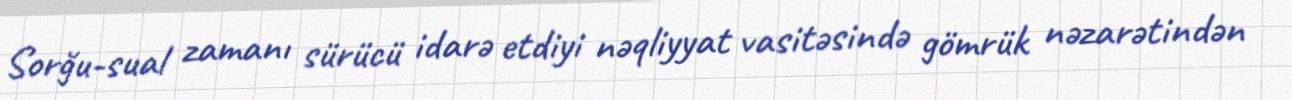
Sorğu-sual zamanı sürücü idarə etdiyi nəqliyyat vasitəsində gömrük nəzarətindən